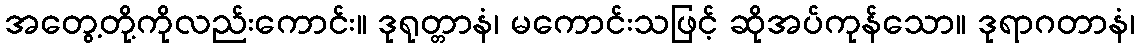
အတွေ့တို့ကိုလည်းကောင်း။ ဒုရုတ္တာနံ၊ မကောင်းသဖြင့် ဆိုအပ်ကုန်သော။ ဒုရာဂတာနံ၊